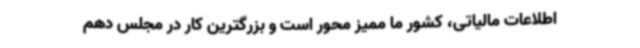
اطلاعات مالیاتی، کشور ما ممیز محور است و بزرگترین کار در مجلس دهم